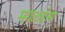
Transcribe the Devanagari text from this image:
म्हाळईसा